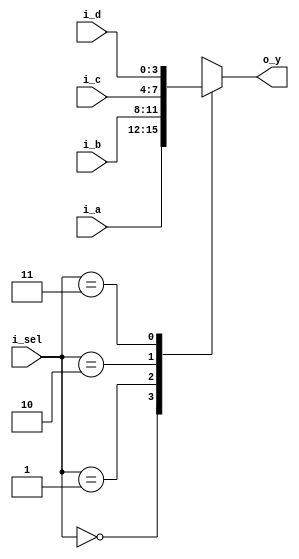
`timescale 1ns / 1ps

module MUX_4x1(
    input[3:0] i_a, i_b, i_c, i_d,
                // o_light_state_10 = i_c
                // o_light_state_1  = i_d
    input[1:0] i_sel,
    output[3:0] o_y
    );

    reg[3:0] r_y;
    assign o_y = r_y;

    always @(*)begin  //   
        case(i_sel)
            2'b00 : r_y <= i_a;  //  
            2'b01 : r_y <= i_b;
            2'b10 : r_y <= i_c;
            2'b11 : r_y <= i_d;
        endcase
    end
endmodule